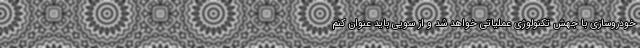
خودروسازی با جهش تکنولوژی عملیاتی خواهد شد و از سویی باید عنوان کنم